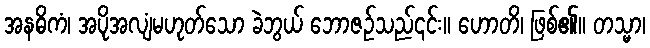
အနဓိကံ၊ အပိုအလျံမဟုတ်သော ခဲဘွယ် ဘောဇဉ်သည်၎င်း။ ဟောတိ၊ ဖြစ်၏။ တသ္မာ၊